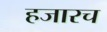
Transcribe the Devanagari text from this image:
हजारच